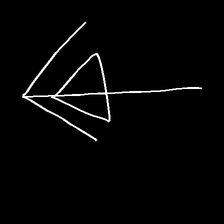
Glyph: pull